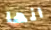
انها